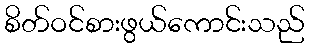
စိတ်ဝင်စားဖွယ်ကောင်းသည်